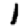
Digit: 1